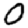
Digit: 0